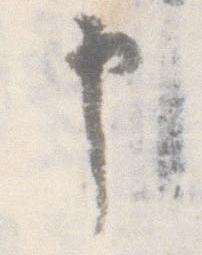
申